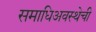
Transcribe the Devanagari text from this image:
समाधिअवस्थेची